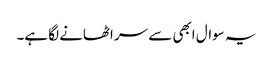
یہ سوال ابھی سے سر اٹھانے لگا ہے۔